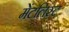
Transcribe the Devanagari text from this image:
मेंटलिस्ट